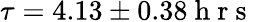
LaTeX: \tau=4.13\pm 0.38\mathrm{~h~r~s~}